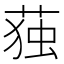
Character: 𮏺